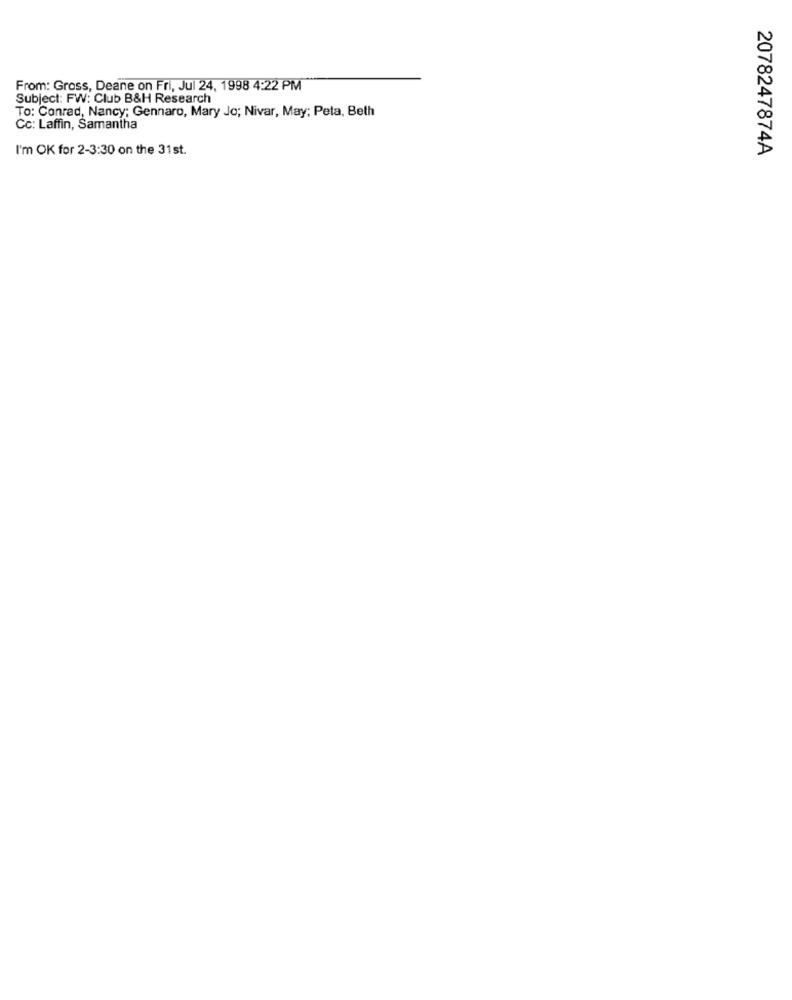
From: Gross, Deane on Fri, Jul 24, 1998 4:22 PM
Subject: FW: Club B&H Research
To: Conrad, Nancy; Gennaro, Mary Jo; Nivar, May; Peta, Beth
Cc: Laffin, Samantha
I'm OK for 2-3:30 on the 31st.
2078247874A